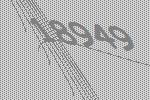
18949